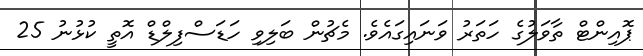
ޕޮއިންޓް ތާވަލުގެ ހަތަރު ވަނައިގައެވެ. މެޗުން ބަލިވި ހަޑަސްފިލްޑް އޮތީ ކުޅުނު 25